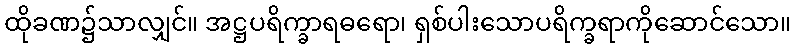
ထိုခဏ၌သာလျှင်။ အဋ္ဌပရိက္ခာရဓရော၊ ရှစ်ပါးသောပရိက္ခရာကိုဆောင်သော။